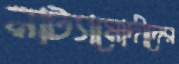
নাট্যামোদীদের